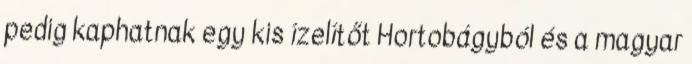
pedig kaphatnak egy kis ízelítőt Hortobágyból és a magyar